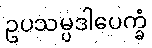
ဥပသမ္ပဒါပေက္ခံ